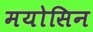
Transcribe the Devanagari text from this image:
मयोसिन